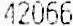
42066